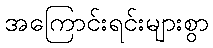
အကြောင်းရင်းများစွာ